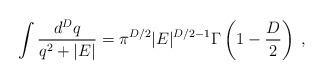
LaTeX: \begin{align*}\int\frac{d^{{D}}q}{q^{2}+|E|} =\pi^{{D}/2}|E|^{{D}/2 - 1}\Gamma \left( 1 - \frac{D}{2} \right)\; ,\end{align*}